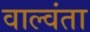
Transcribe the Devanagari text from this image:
वाल्वंता